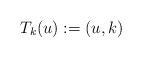
LaTeX: \begin{align*}T_{k}(u):= (u,k)\end{align*}